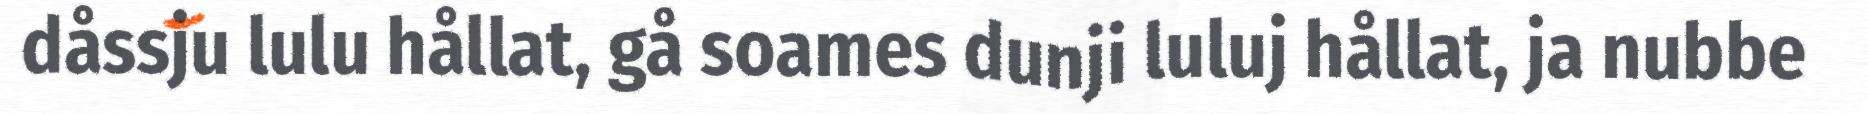
dåssju lulu hållat, gå soames dunji luluj hållat, ja nubbe